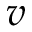
v